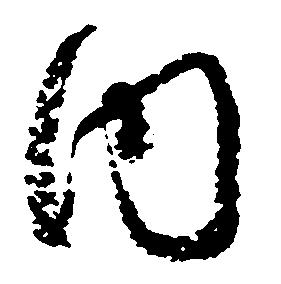
内